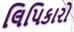
લિપિકારો